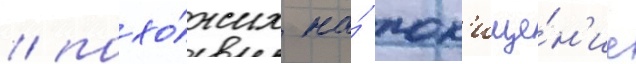
/ похо́жих на́ пох'ище́н'ие